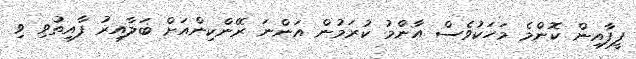
ފީފާއިން ކޮންމެ މަހަކުވެސް އާންމު ކުރަމުން އަންނަ ރޭންކިންއަށް ބަލާއިރު ފާއިތުވި ވި